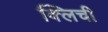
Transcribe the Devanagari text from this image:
क्लिची